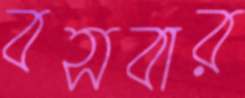
বসবার